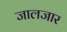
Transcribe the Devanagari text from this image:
जालजार